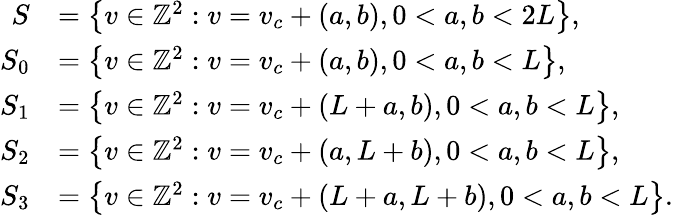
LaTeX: \begin{array}{rl}{S}&{=\left\{ v\in\mathbb{Z}^{2}:v=v_{c}+(a,b),0<a,b<2L\right\} ,}\\ {S_{0}}&{=\left\{ v\in\mathbb{Z}^{2}:v=v_{c}+(a,b),0<a,b<L\right\} ,}\\ {S_{1}}&{=\left\{ v\in\mathbb{Z}^{2}:v=v_{c}+(L+a,b),0<a,b<L\right\} ,}\\ {S_{2}}&{=\left\{ v\in\mathbb{Z}^{2}:v=v_{c}+(a,L+b),0<a,b<L\right\} ,}\\ {S_{3}}&{=\left\{ v\in\mathbb{Z}^{2}:v=v_{c}+(L+a,L+b),0<a,b<L\right\} .}\end{array}